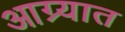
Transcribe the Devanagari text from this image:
आग्र्यात